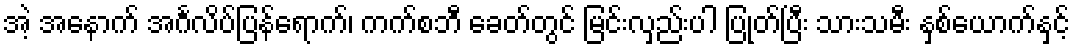
အဲ့ အနောက် အင်္ဂလိပ်ပြန်ရောက်၊ ကက်စဘီ ခေတ်တွင် မြင်းလှည်းပါ ပြုတ်ပြီး သားသမီး နှစ်ယောက်နှင့်